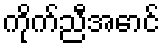
ကိုက်ညီအောင်